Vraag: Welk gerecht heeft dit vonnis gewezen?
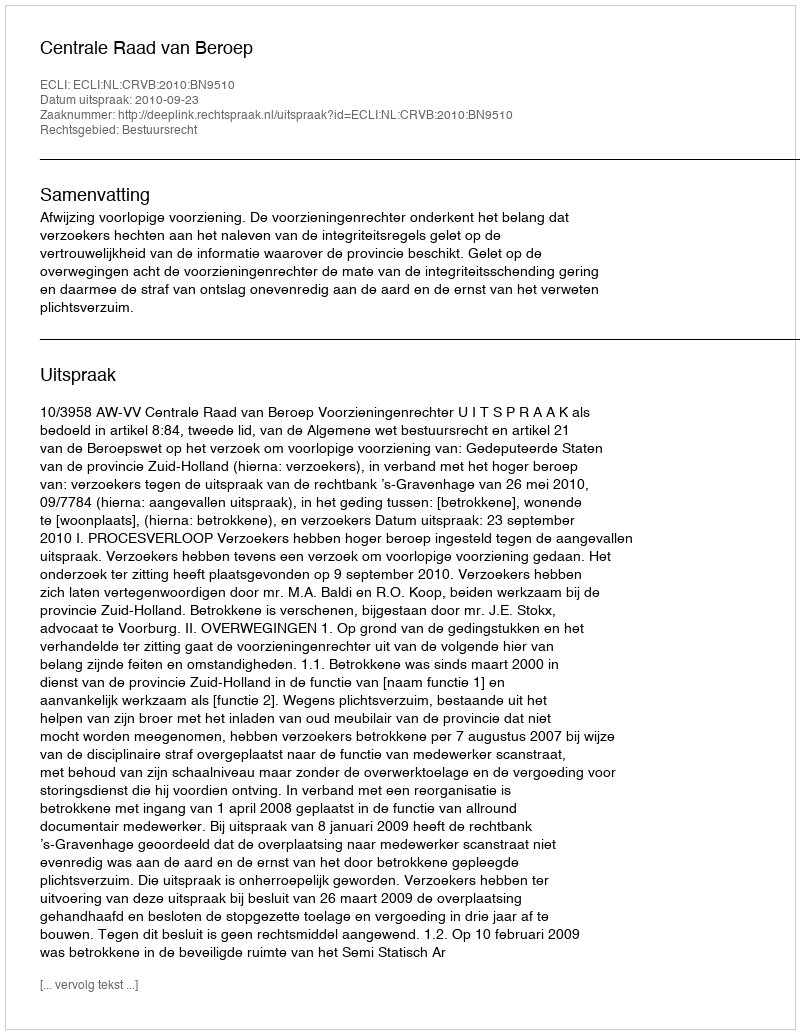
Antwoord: Centrale Raad van Beroep